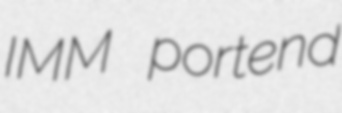
IMM portend